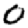
Digit: 0